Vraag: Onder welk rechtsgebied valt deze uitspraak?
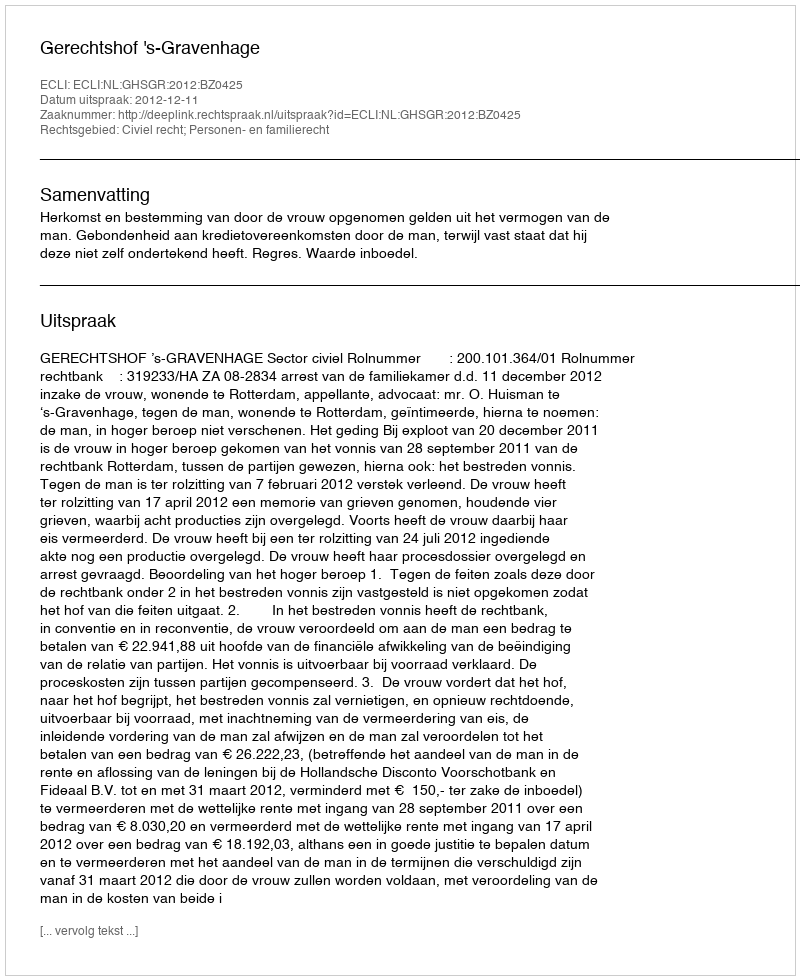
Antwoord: Civiel recht; Personen- en familierecht